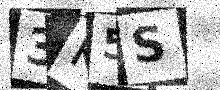
Text: 3K5S